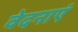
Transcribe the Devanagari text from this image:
वेदनाएं